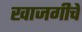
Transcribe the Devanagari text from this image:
खाजगीचे